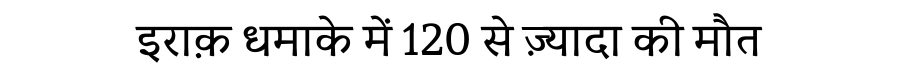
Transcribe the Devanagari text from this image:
इराक़ धमाके में 120 से ज़्यादा की मौत